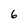
Character: 6